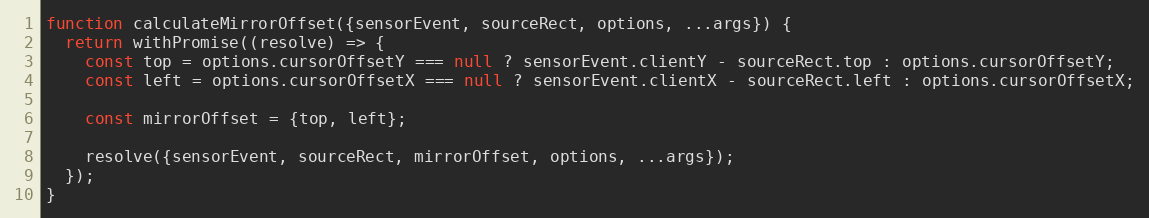
Language: JavaScript
function calculateMirrorOffset({sensorEvent, sourceRect, options, ...args}) {
  return withPromise((resolve) => {
    const top = options.cursorOffsetY === null ? sensorEvent.clientY - sourceRect.top : options.cursorOffsetY;
    const left = options.cursorOffsetX === null ? sensorEvent.clientX - sourceRect.left : options.cursorOffsetX;

    const mirrorOffset = {top, left};

    resolve({sensorEvent, sourceRect, mirrorOffset, options, ...args});
  });
}